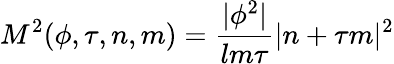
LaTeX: M^{2}(\phi,\tau,n,m)=\frac{|\phi^{2}|}{lm\tau}|n+\tau m|^{2}